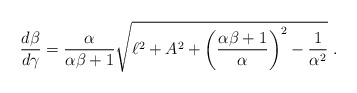
\begin{align*}\frac{d\beta}{d\gamma} = \frac{\alpha}{\alpha\beta +1}\sqrt{\ell^2 + A^2 + \left(\frac{\alpha \beta + 1}{\alpha}\right)^2 - \frac{1}{\alpha^{2}}} \ .\end{align*}